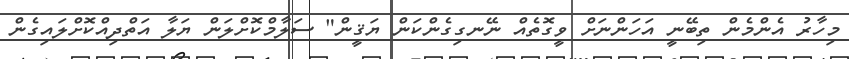
މިހާރު އެންމެން ތިބޭނީ އަހަންނަށް ވީގޮތެއް ނޭނގިގެންކަން ޔަޤީން" ސަލާމްކޮށްލަން ޔަލާ އަތްދިއްކޮށްލައިގެން